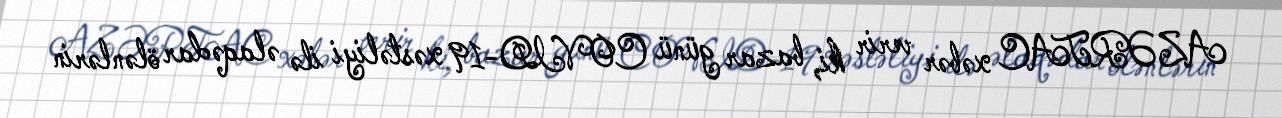
AZƏRTAC xəbər verir ki, bazar günü COVID-19 xəstəliyi ilə əlaqədar ölənlərin